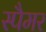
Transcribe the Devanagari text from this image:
स्पैमर